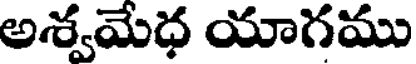
అశ్వమేధ యాగము